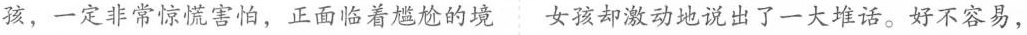
孩，一定非常惊慌害怕，正面临着尴尬的境女孩却激动地说出了一大堆话。好不容易，